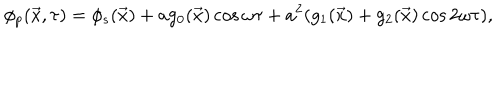
\phi _ { p } ( \vec { x } , \tau ) = \phi _ { s } ( \vec { x } ) + a g _ { 0 } ( \vec { x } ) \cos \omega \tau + a ^ { 2 } ( g _ { 1 } ( \vec { x } ) + g _ { 2 } ( \vec { x } ) \cos 2 \omega \tau ) ,